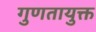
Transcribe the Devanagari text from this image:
गुणतायुक्त